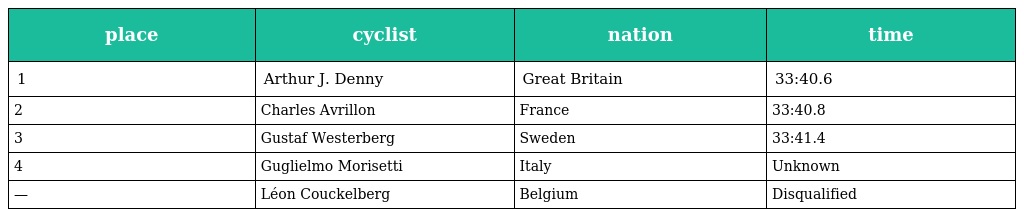
| place | cyclist | nation | time |
 | --- | --- | --- | --- |
 | 1 | Arthur J. Denny | Great Britain | 33:40.6 |
 | 2 | Charles Avrillon | France | 33:40.8 |
 | 3 | Gustaf Westerberg | Sweden | 33:41.4 |
 | 4 | Guglielmo Morisetti | Italy | Unknown |
 | — | Léon Couckelberg | Belgium | Disqualified |